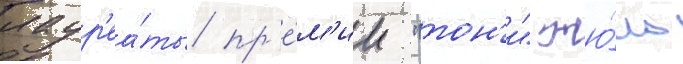
лаур'еа́ты пр'е́м'ии "тон'и" жю́ль